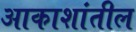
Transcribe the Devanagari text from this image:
आकाशांतील